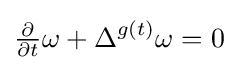
{\tfrac {\partial }{\partial t}}\omega +\Delta ^{g(t)}\omega =0